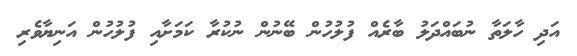
އަދި ހާލަތާ ނުބައްދަލު ބާރެއް ފުލުހުން ބޭނުން ނުކުރާ ކަމަށާއި ފުލުހުން އަނިޔާވެރި